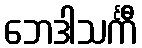
ဘေဒါသင်္ကီ